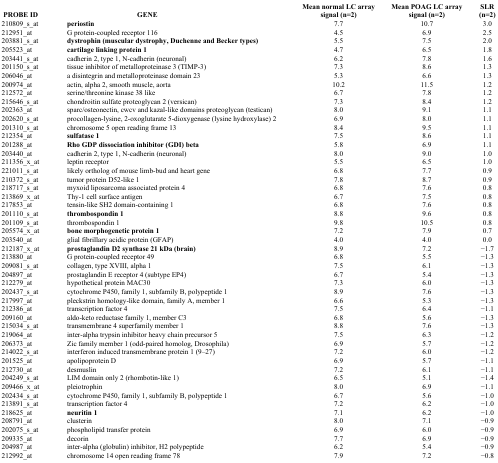
<table><thead><tr><td><b>PROBE ID</b></td><td><b>GENE</b></td><td><b>Mean normal LC array signal (n=2)</b></td><td><b>Mean POAG LC array signal (n=2)</b></td><td><b>SLR (n=2)</b></td></tr></thead><tbody><tr><td>210809_s_at</td><td><b>periostin</b></td><td>7.7</td><td>10.7</td><td>3.0</td></tr><tr><td>212951_at</td><td>G protein-coupled receptor 116</td><td>4.5</td><td>6.9</td><td>2.5</td></tr><tr><td>203881_s_at</td><td><b>dystrophin (muscular dystrophy, Duchenne and Becker types)</b></td><td>5.5</td><td>7.5</td><td>2.0</td></tr><tr><td>205523_at</td><td><b>cartilage linking protein 1</b></td><td>4.7</td><td>6.5</td><td>1.8</td></tr><tr><td>203441_s_at</td><td>cadherin 2, type 1, N-cadherin (neuronal)</td><td>6.2</td><td>7.8</td><td>1.6</td></tr><tr><td>201150_s_at</td><td>tissue inhibitor of metalloproteinase 3 (TIMP-3)</td><td>7.3</td><td>8.6</td><td>1.3</td></tr><tr><td>206046_at</td><td>a disintegrin and metalloproteinase domain 23</td><td>5.3</td><td>6.6</td><td>1.3</td></tr><tr><td>200974_at</td><td>actin, alpha 2, smooth muscle, aorta</td><td>10.2</td><td>11.5</td><td>1.2</td></tr><tr><td>212572_at</td><td>serine/threonine kinase 38 like</td><td>6.7</td><td>7.8</td><td>1.2</td></tr><tr><td>215646_s_at</td><td>chondroitin sulfate proteoglycan 2 (versican)</td><td>7.3</td><td>8.4</td><td>1.2</td></tr><tr><td>202363_at</td><td>sparc/osteonectin, cwcv and kazal-like domains proteoglycan (testican)</td><td>8.0</td><td>9.1</td><td>1.1</td></tr><tr><td>202620_s_at</td><td>procollagen-lysine, 2-oxoglutarate 5-dioxygenase (lysine hydroxylase) 2</td><td>6.9</td><td>8.0</td><td>1.1</td></tr><tr><td>201310_s_at</td><td>chromosome 5 open reading frame 13</td><td>8.4</td><td>9.5</td><td>1.1</td></tr><tr><td>212354_at</td><td><b>sulfatase 1</b></td><td>7.5</td><td>8.6</td><td>1.1</td></tr><tr><td>201288_at</td><td><b>Rho GDP dissociation inhibitor (GDI) beta</b></td><td>5.8</td><td>6.9</td><td>1.1</td></tr><tr><td>203440_at</td><td>cadherin 2, type 1, N-cadherin (neuronal)</td><td>8.0</td><td>9.0</td><td>1.0</td></tr><tr><td>211356_x_at</td><td>leptin receptor</td><td>5.5</td><td>6.5</td><td>1.0</td></tr><tr><td>221011_s_at</td><td>likely ortholog of mouse limb-bud and heart gene</td><td>6.8</td><td>7.7</td><td>0.9</td></tr><tr><td>210372_s_at</td><td>tumor protein D52-like 1</td><td>7.8</td><td>8.7</td><td>0.9</td></tr><tr><td>218717_s_at</td><td>myxoid liposarcoma associated protein 4</td><td>6.8</td><td>7.6</td><td>0.8</td></tr><tr><td>213869_x_at</td><td>Thy-1 cell surface antigen</td><td>6.7</td><td>7.5</td><td>0.8</td></tr><tr><td>217853_at</td><td>tensin-like SH2 domain-containing 1</td><td>6.8</td><td>7.6</td><td>0.8</td></tr><tr><td>201110_s_at</td><td><b>thrombospondin 1</b></td><td>8.8</td><td>9.6</td><td>0.8</td></tr><tr><td>201109_s_at</td><td>thrombospondin 1</td><td>9.8</td><td>10.5</td><td>0.8</td></tr><tr><td>205574_x_at</td><td><b>bone morphogenetic protein 1</b></td><td>7.2</td><td>7.9</td><td>0.7</td></tr><tr><td>203540_at</td><td>glial fibrillary acidic protein (GFAP)</td><td>4.0</td><td>4.0</td><td>0.0</td></tr><tr><td>212187_x_at</td><td><b>prostaglandin D2 synthase 21 kDa (brain)</b></td><td>8.9</td><td>7.2</td><td>−1.7</td></tr><tr><td>213880_at</td><td>G protein-coupled receptor 49</td><td>6.8</td><td>5.5</td><td>−1.3</td></tr><tr><td>209081_s_at</td><td>collagen, type XVIII, alpha 1</td><td>7.5</td><td>6.1</td><td>−1.3</td></tr><tr><td>204897_at</td><td>prostaglandin E receptor 4 (subtype EP4)</td><td>6.7</td><td>5.4</td><td>−1.3</td></tr><tr><td>212279_at</td><td>hypothetical protein MAC30</td><td>7.3</td><td>6.0</td><td>−1.3</td></tr><tr><td>202437_s_at</td><td>cytochrome P450, family 1, subfamily B, polypeptide 1</td><td>8.9</td><td>7.6</td><td>−1.3</td></tr><tr><td>217997_at</td><td>pleckstrin homology-like domain, family A, member 1</td><td>6.6</td><td>5.3</td><td>−1.3</td></tr><tr><td>212386_at</td><td>transcription factor 4</td><td>7.5</td><td>6.4</td><td>−1.1</td></tr><tr><td>209160_at</td><td>aldo-keto reductase family 1, member C3</td><td>6.8</td><td>5.6</td><td>−1.3</td></tr><tr><td>215034_s_at</td><td>transmembrane 4 superfamily member 1</td><td>8.8</td><td>7.6</td><td>−1.3</td></tr><tr><td>219064_at</td><td>inter-alpha trypsin inhibitor heavy chain precursor 5</td><td>7.5</td><td>6.3</td><td>−1.2</td></tr><tr><td>206373_at</td><td>Zic family member 1 (odd-paired homolog, Drosophila)</td><td>6.9</td><td>5.7</td><td>−1.2</td></tr><tr><td>214022_s_at</td><td>interferon induced transmembrane protein 1 (9–27)</td><td>7.2</td><td>6.0</td><td>−1.2</td></tr><tr><td>201525_at</td><td>apolipoprotein D</td><td>6.9</td><td>5.7</td><td>−1.1</td></tr><tr><td>212730_at</td><td>desmuslin</td><td>7.2</td><td>6.1</td><td>−1.1</td></tr><tr><td>204249_s_at</td><td>LIM domain only 2 (rhombotin-like 1)</td><td>6.5</td><td>5.1</td><td>−1.4</td></tr><tr><td>209466_x_at</td><td>pleiotrophin</td><td>8.0</td><td>6.9</td><td>−1.1</td></tr><tr><td>202434_s_at</td><td>cytochrome P450, family 1, subfamily B, polypeptide 1</td><td>6.7</td><td>5.6</td><td>−1.0</td></tr><tr><td>213891_s_at</td><td>transcription factor 4</td><td>7.2</td><td>6.2</td><td>−1.0</td></tr><tr><td>218625_at</td><td><b>neuritin 1</b></td><td>7.1</td><td>6.2</td><td>−1.0</td></tr><tr><td>208791_at</td><td>clusterin</td><td>8.0</td><td>7.1</td><td>−0.9</td></tr><tr><td>202075_s_at</td><td>phospholipid transfer protein</td><td>6.9</td><td>6.0</td><td>−0.9</td></tr><tr><td>209335_at</td><td>decorin</td><td>7.7</td><td>6.9</td><td>−0.9</td></tr><tr><td>204987_at</td><td>inter-alpha (globulin) inhibitor, H2 polypeptide</td><td>6.2</td><td>5.4</td><td>−0.9</td></tr><tr><td>212992_at</td><td>chromosome 14 open reading frame 78</td><td>7.9</td><td>7.2</td><td>−0.8</td></tr></tbody></table>